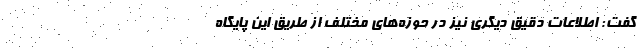
گفت: اطلاعات دقیق دیگری نیز در حوزه‌های مختلف از طریق این پایگاه